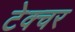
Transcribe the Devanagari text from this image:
टेक्चर